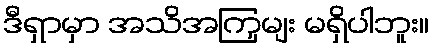
ဒီရှာမှာ အသိအကြှမျး မရှိပါဘူး။